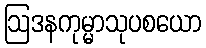
ဩဒနကုမ္မာသုပစယော